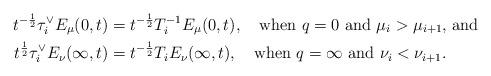
LaTeX: \begin{align*}t^{-\frac12} \tau^\vee_i E_\mu(0,t) &= t^{-\frac12}T_i^{-1}E_\mu(0,t),\quad\hbox{when $q=0$ and $\mu_i>\mu_{i+1}$, and}\\t^{\frac12} \tau^\vee_i E_\nu(\infty,t) &= t^{-\frac12}T_i E_\nu(\infty,t),\quad\hbox{when $q=\infty$ and $\nu_i<\nu_{i+1}$.}\end{align*}